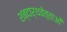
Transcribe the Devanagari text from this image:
शब्दार्थवेत्ताओं